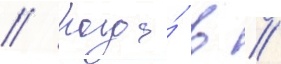
// Когда́ в //